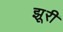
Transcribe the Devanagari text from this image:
झूरी